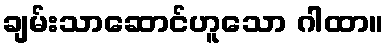
ချမ်းသာဆောင်ဟူသော ဂါထာ။